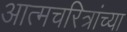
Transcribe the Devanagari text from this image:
आत्मचरित्रांच्या